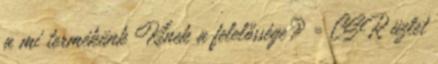
a mi termékünk Kinek a felelőssége? = CSR üzlet